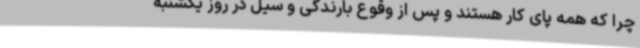
چرا که همه پای کار هستند و پس از وقوع بارندگی و سیل در روز یکشنبه